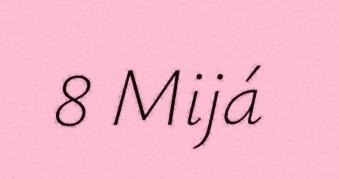
8 Mijá